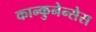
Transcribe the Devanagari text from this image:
कान्कुनेन्सेस